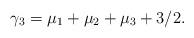
LaTeX: \begin{align*} \gamma_3=\mu_1+\mu_2+\mu_3+3/2.\end{align*}